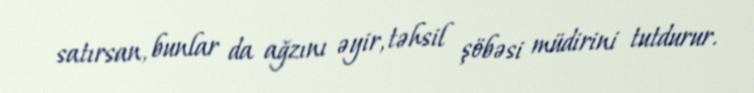
satırsan, bunlar da ağzını əyir, təhsil şöbəsi müdirini tutdurur.